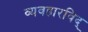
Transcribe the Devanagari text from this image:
व्यवहारविद्